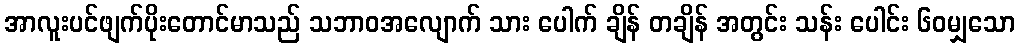
အာလူးပင်ဖျက်ပိုးတောင်မာသည် သဘာဝအလျောက် သား ပေါက် ချိန် တချိန် အတွင်း သန်း ပေါင်း ၆၀မျှသော